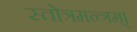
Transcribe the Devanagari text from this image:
स्तोत्रमन्त्रम्।